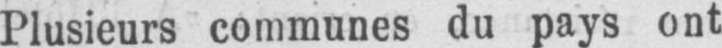
Plusieurs communes du pays ont